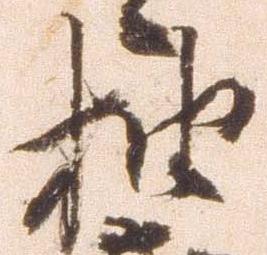
抽